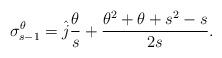
LaTeX: \begin{align*}\sigma_{s-1}^\theta = \hat{j} \frac{\theta}{s} + \frac{\theta^2 + \theta + s^2 -s}{2s}.\end{align*}